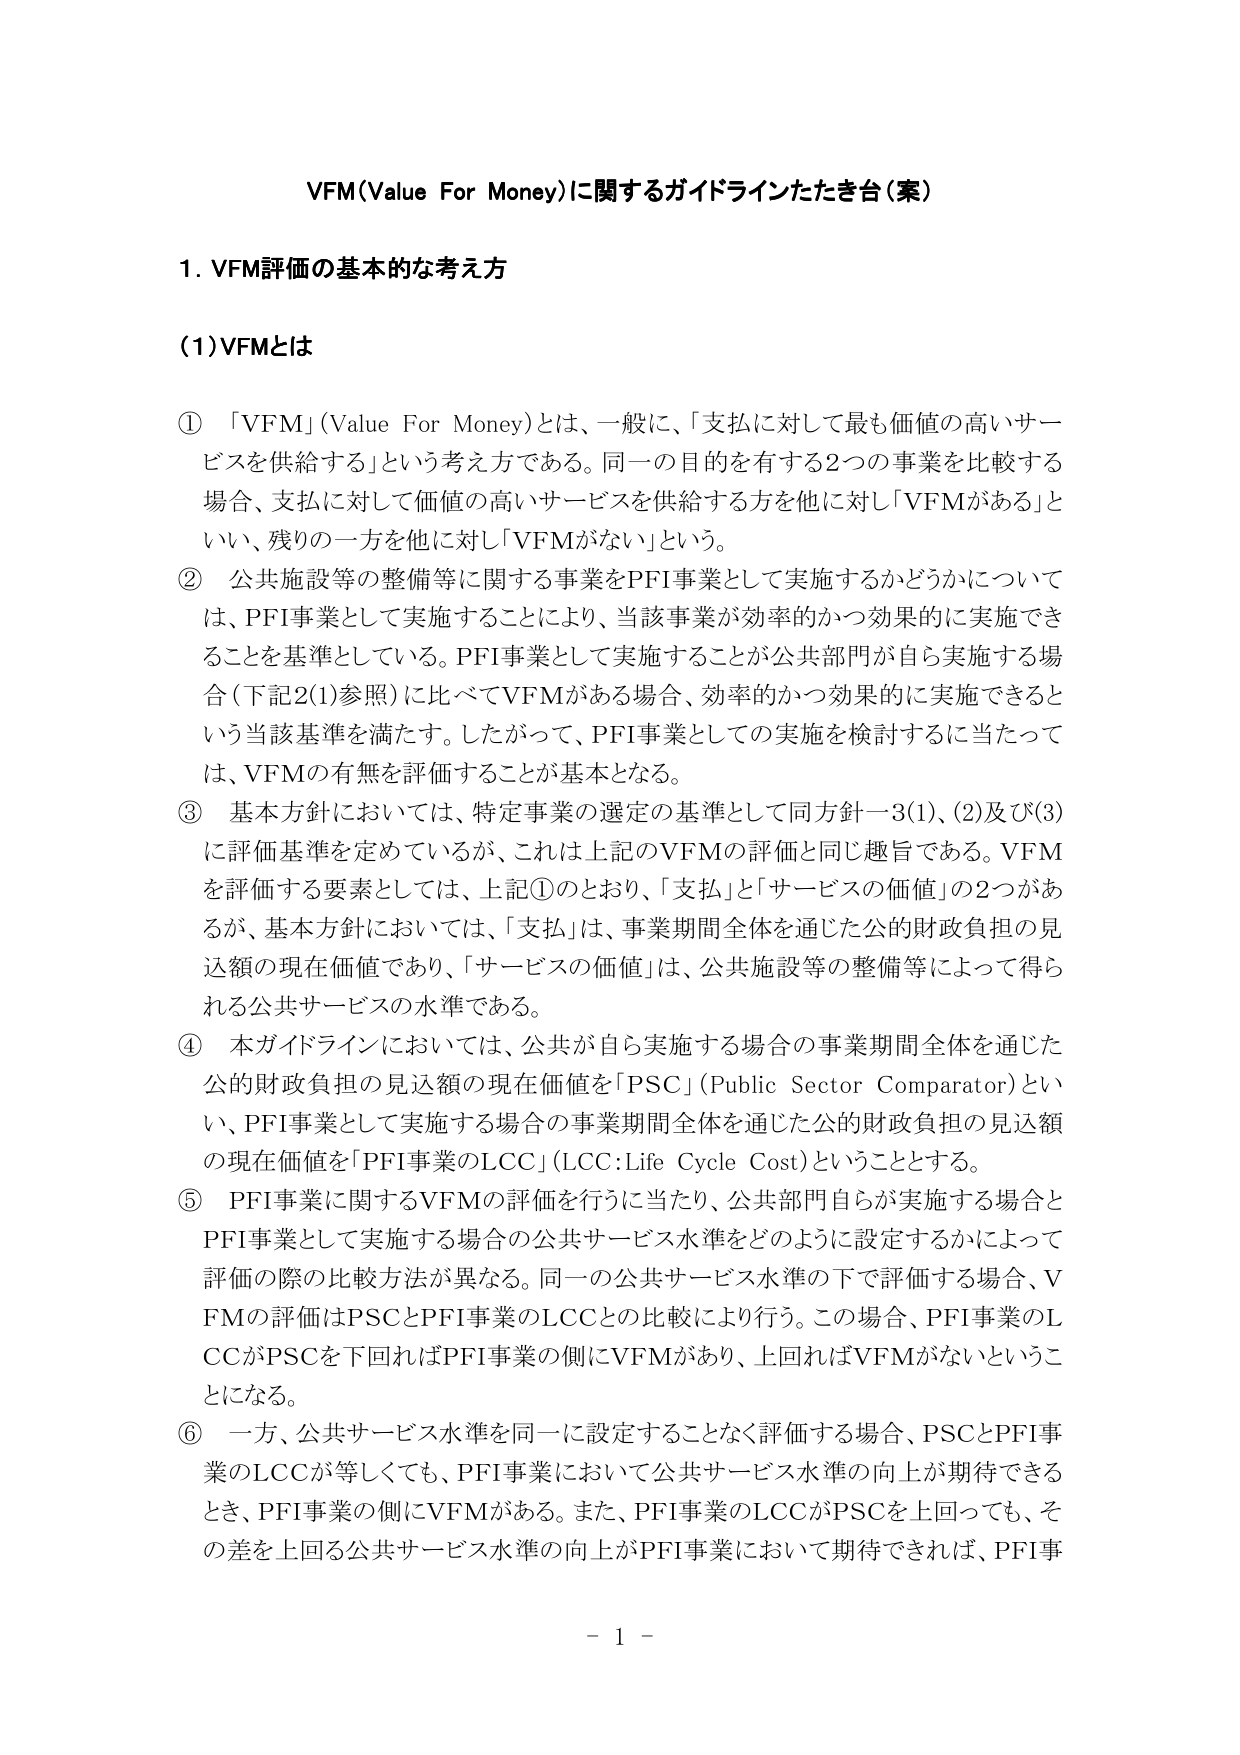
VFM(Value For Money)に関するガイドラインたたき台（案）

1. VFM評価の基本的な考え方

(1)VFMとは

① 「VFM」(Value For Money)とは、一般に、「支払に対して最も価値の高いサービスを供給する」という考え方である。同一の目的を有する2つの事業を比較する場合、支払に対して価値の高いサービスを供給する方を他に対し「VFMがある」といい、残りの一方を他に対し「VFMがない」という。

② 公共施設等の整備等に関する事業をPFI事業として実施するかどうかについては、PFI事業として実施することにより、当該事業が効率的かつ効果的に実施できることを基準としている。PFI事業として実施することが公共部門が自ら実施する場合（下記2(1)参照）に比べてVFMがある場合、効率的かつ効果的に実施できるという当該基準を満たす。したがって、PFI事業としての実施を検討するに当たっては、VFMの有無を評価することが基本となる。

③ 基本方針においては、特定事業の選定の基準として同方針一3(1)、(2)及び(3)に評価基準を定めているが、これは上記のVFMの評価と同じ趣旨である。VFMを評価する要素としては、上記①のとおり、「支払」と「サービスの価値」の2つがあるが、基本方針においては、「支払」は、事業期間全体を通じた公的財政負担の見込額の現在価値であり、「サービスの価値」は、公共施設等の整備等によって得られる公共サービスの水準である。

④ 本ガイドラインにおいては、公共が自ら実施する場合の事業期間全体を通じた公的財政負担の見込額の現在価値を「PSC」(Public Sector Comparator)といい、PFI事業として実施する場合の事業期間全体を通じた公的財政負担の見込額の現在価値を「PFI事業のLCC」(LCC:Life Cycle Cost)ということとする。

⑤ PFI事業に関するVFMの評価を行うに当たり、公共部門自らが実施する場合とPFI事業として実施する場合の公共サービス水準をどのように設定するかによって評価の際の比較方法が異なる。同一の公共サービス水準の下で評価する場合、VFMの評価はPSCとPFI事業のLCCとの比較により行う。この場合、PFI事業のLCCがPSCを下回ればPFI事業の側にVFMがあり、上回ればVFMがないということになる。

⑥ 一方、公共サービス水準を同一に設定することなく評価する場合、PSCとPFI事業のLCCが等しくても、PFI事業において公共サービス水準の向上が期待できるとき、PFI事業の側にVFMがある。また、PFI事業のLCCがPSCを上回っても、その差を上回る公共サービス水準の向上がPFI事業において期待できれば、PFI事

- 1 -